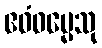
ဧဝံဓမ္မေသု